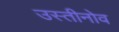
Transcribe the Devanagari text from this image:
उस्तीनोव